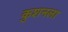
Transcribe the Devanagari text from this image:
कुशनला